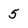
Character: 5